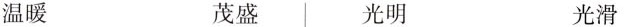
温暖 茂盛 光明 光滑